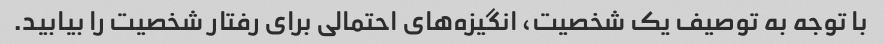
با توجه به توصیف یک شخصیت، انگیزه‌های احتمالی برای رفتار شخصیت را بیابید.